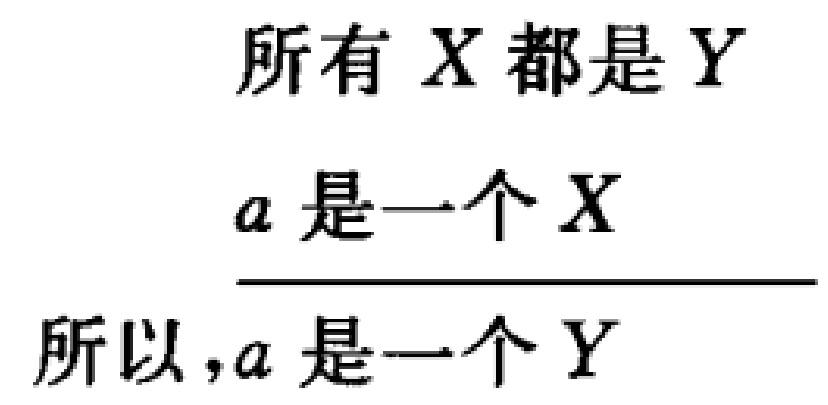
\[
\begin{align*}
&\text{所有 }X\text{ 都是 }Y\\
&a\text{ 是一个 }X\\
\hline
&\text{所以},a\text{ 是一个 }Y
\end{align*}
\]